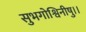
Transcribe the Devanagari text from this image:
सुभगोश्विनीषु।।